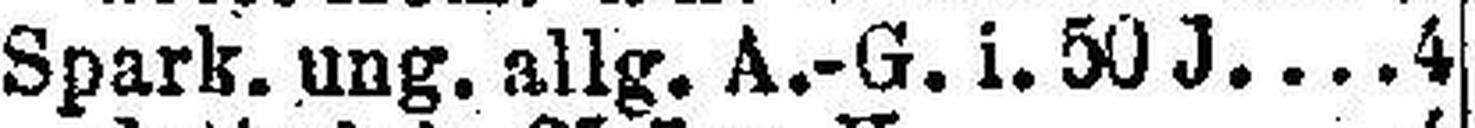
Spark. ung. allg. A.-G. i. 50 J 4½